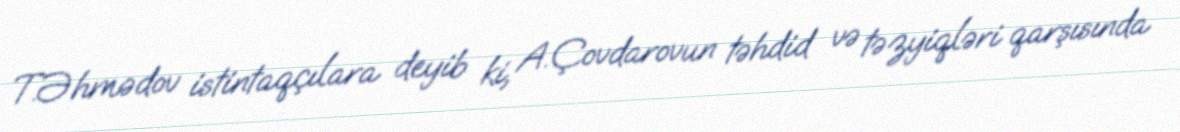
T.Əhmədov istintaqçılara deyib ki, A.Çovdarovun təhdid və təzyiqləri qarşısında